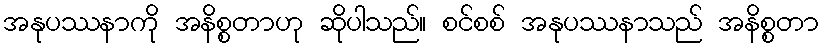
အနုပဿနာကို အနိစ္စတာဟု ဆိုပါသည်။ စင်စစ် အနုပဿနာသည် အနိစ္စတာ